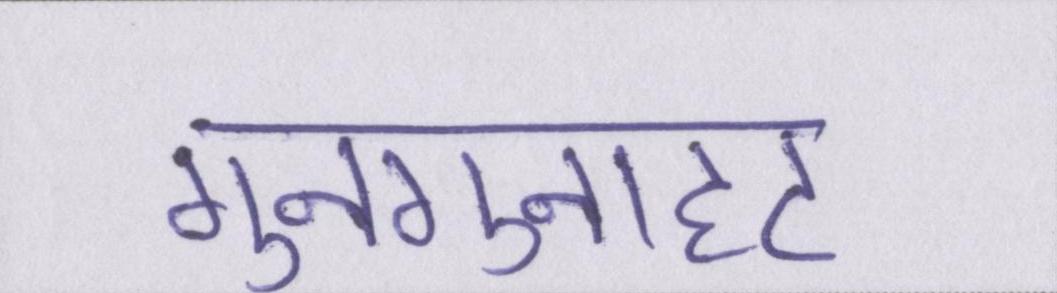
गुनगुनाहट